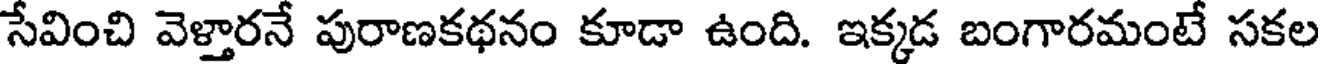
సేవించి వెళ్తారనే పురాణకథనం కూడా ఉంది. ఇక్కడ బంగారమంటే సకల